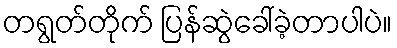
တရွတ်တိုက် ပြန်ဆွဲခေါ်ခဲ့တာပါပဲ။